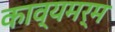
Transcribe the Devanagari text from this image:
काव्यमर्म